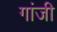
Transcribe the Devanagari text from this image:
गांजी